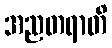
အညတရာတိ